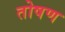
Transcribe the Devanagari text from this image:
तोषण